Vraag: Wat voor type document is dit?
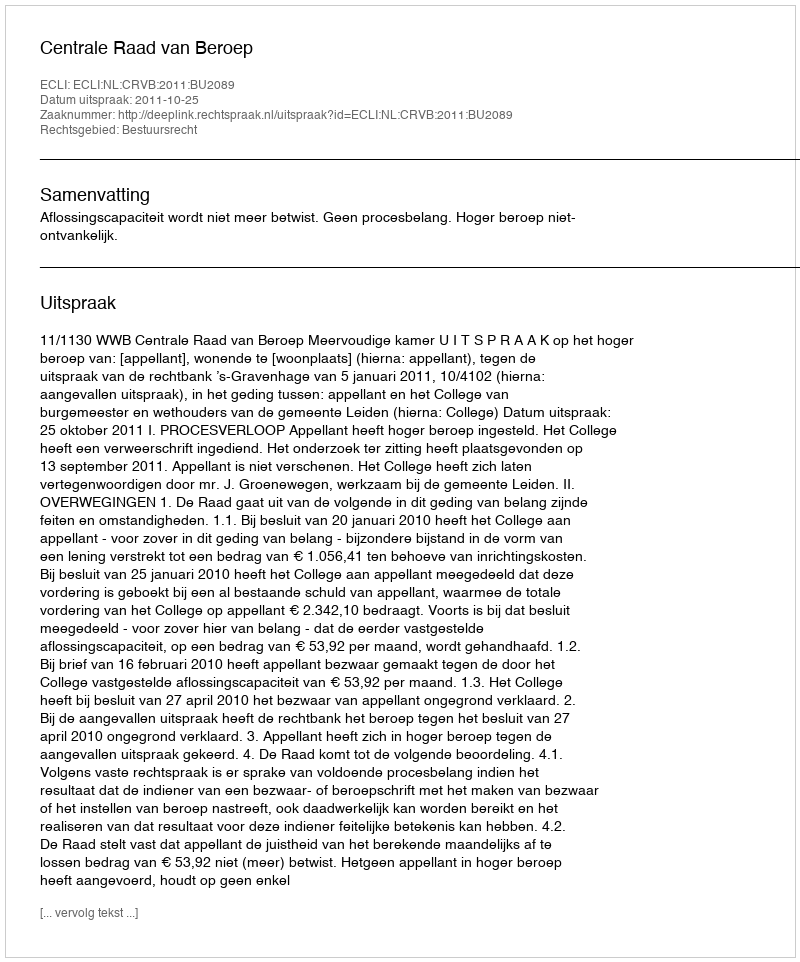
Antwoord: Uitspraak